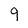
Character: 9